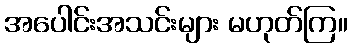
အပေါင်းအသင်းများ မဟုတ်ကြ။